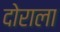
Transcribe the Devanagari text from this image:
दोराला